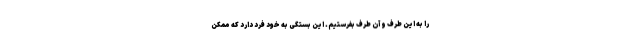
را به این طرف و آن طرف بفرستیم. این بستگی به خود فرد دارد که ممکن